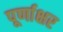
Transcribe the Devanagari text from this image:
पूर्णाक्षर